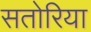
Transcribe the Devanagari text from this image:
सतोरिया